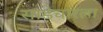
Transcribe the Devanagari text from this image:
साडेचारला